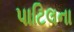
પાટિલના